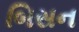
બિસન